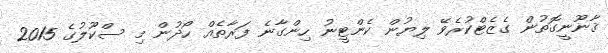
ޤާނޫނީގޮތުން ގެޒެޓްކުރެވޭ ލިޔުން ކެންޓީނު ހިންގާނެ ފަރާތެއް ހޯދުން މި ސްކޫލުގެ 2015